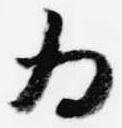
為